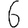
Digit: 6